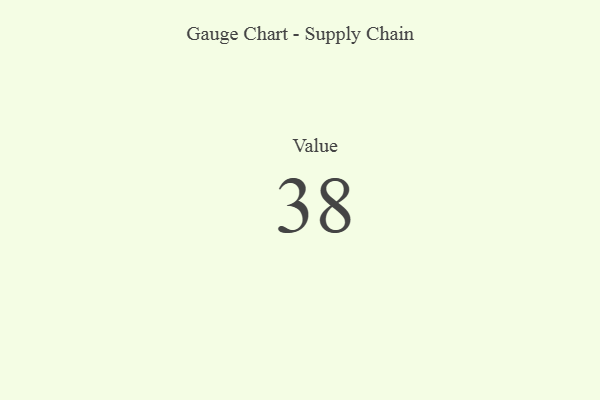
{"axis": {"x": "Metric", "y": "Value"}, "legend": [""], "data": [{"x": "Value", "y": 38, "type": ""}]}